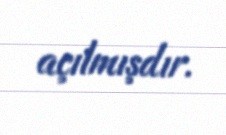
açılmışdır.